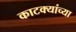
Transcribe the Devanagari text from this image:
काटक्यांच्या